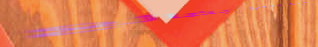
مكتب استيراد وتصدير بضائع